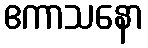
ဧကာသနော